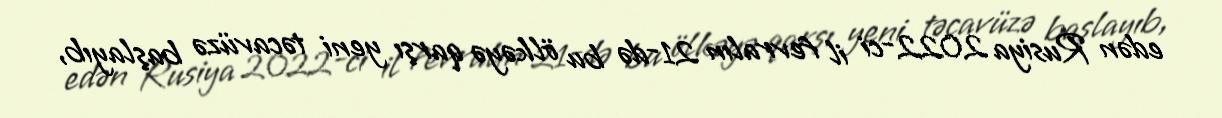
edən Rusiya 2022-ci il fevralın 21-də bu ölkəyə qarşı yeni təcavüzə başlayıb,